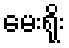
မေးရိုး